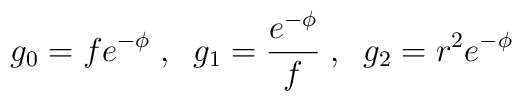
g_0 = f e^{- \phi} \; , \; \;g_1 = \frac{e^{- \phi}}{f} \; , \; \;g_2 =  r^2 e^{- \phi}